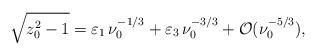
LaTeX: \begin{align*} \sqrt{z_0^2 -1}=\varepsilon_1 \, \nu_0^{-1/3} + \varepsilon_3 \, \nu_0^{-3/3} + {\cal O}(\nu_0^{-5/3}),\end{align*}